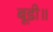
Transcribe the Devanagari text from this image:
बूडी॥